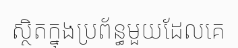
ស្ថិតក្នុងប្រព័ន្ធមួយដែលគេ